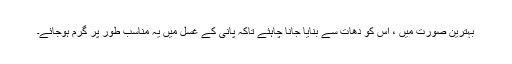
بہترین صورت میں ، اس کو دھات سے بنایا جانا چاہئے تاکہ پانی کے غسل میں یہ مناسب طور پر گرم ہوجائے۔